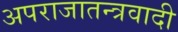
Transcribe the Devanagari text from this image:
अपराजातन्त्रवादी